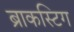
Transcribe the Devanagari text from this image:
ब्राकस्टिग